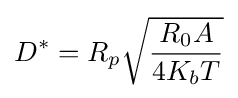
D^{*}=R_{p}{\sqrt {\frac {R_{0}A}{4K_{b}T}}}